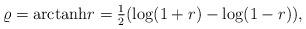
LaTeX: \begin{align*}\varrho = \mathrm{arctanh} r = \tfrac{1}{2} (\log(1+r) -\log(1-r)),\end{align*}